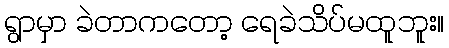
ရွာမှာ ခဲတာကတော့ ရေခဲသိပ်မထူဘူး။